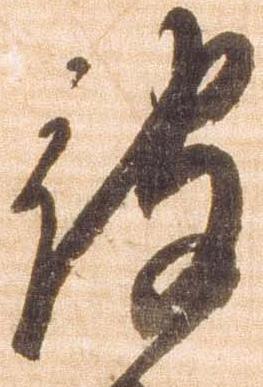
被